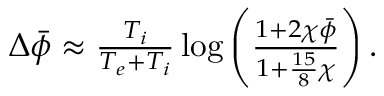
\begin{array} { r } { \Delta \bar { \phi } \approx \frac { T _ { i } } { T _ { e } + T _ { i } } \log \left( \frac { 1 + 2 \chi \bar { \phi } } { 1 + \frac { 1 5 } { 8 } \chi } \right) . } \end{array}